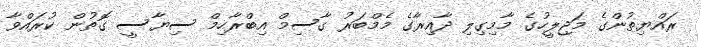
ރައްޔިތުންގެ މަޖިލީހުގެ މާމިގިލި ދާއިރާގެ މެމްބަރު ގާސިމް އިބްރާހިމް ސިޔާސީ ގޮތުން ކުރައްވާ